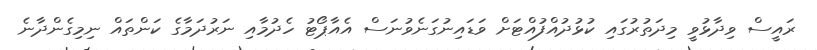
ރައީސް ވިދާޅުވީ މިދަތުރުގައި ކުޅުދުއްފުއްޓަށް ވަޑައިނުގަނެވުނަސް އެއާޕޯޓު ހެދުމާއި ނަރުދަމާގެ ކަންތައް ނިމިގެންދާނެ